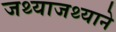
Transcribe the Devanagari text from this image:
जथ्याजथ्याने